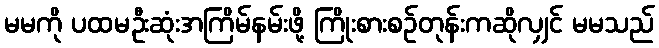
မမကို ပထမဦးဆုံးအကြိမ်နမ်းဖို့ ကြိုးစားစဉ်တုန်းကဆိုလျှင် မမသည်